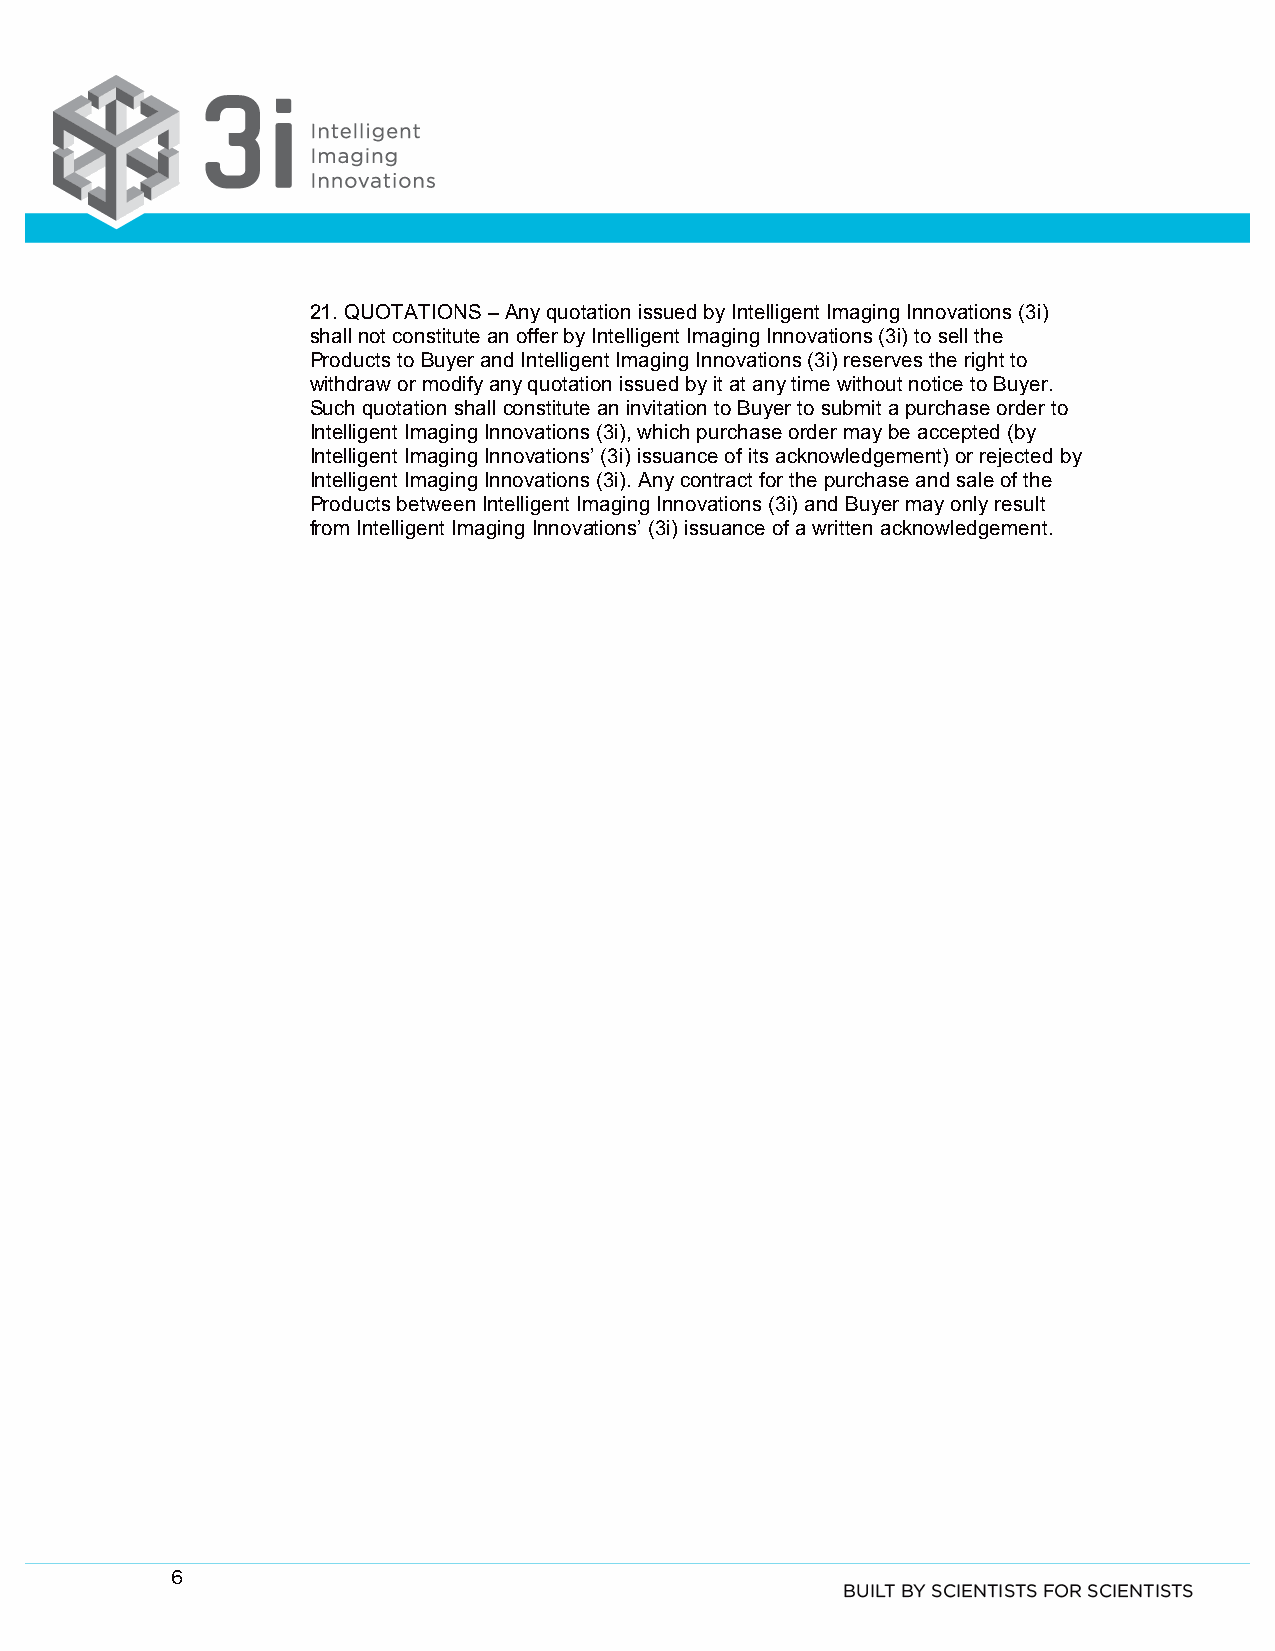
21. QUOTATIONS – Any quotation issued by Intelligent Imaging Innovations (3i)
 shall not constitute an offer by Intelligent Imaging Innovations (3i) to sell the
 Products to Buyer and Intelligent Imaging Innovations (3i) reserves the right to
 withdraw or modify any quotation issued by it at any time without notice to Buyer.
 Such quotation shall constitute an invitation to Buyer to submit a purchase order to
 Intelligent Imaging Innovations (3i), which purchase order may be accepted (by
 Intelligent Imaging Innovations’ (3i) issuance of its acknowledgement) or rejected by
 Intelligent Imaging Innovations (3i). Any contract for the purchase and sale of the
 Products between Intelligent Imaging Innovations (3i) and Buyer may only result
 from Intelligent Imaging Innovations’ (3i) issuance of a written acknowledgement.
 6